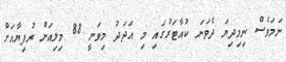
ނަމަވެސް ނިމިދިޔަ ދެވަނަ ކުއާޓަރުގައި މި އަދަދު މިވަނީ 88 މިލިއަން ރުފިޔާއަށް